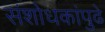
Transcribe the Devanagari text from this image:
संशोधकांपुढे